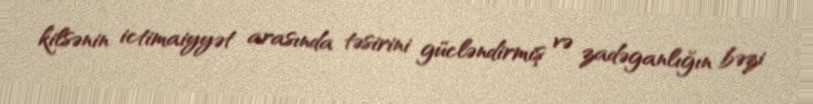
kilsənin ictimaiyyət arasında təsirini gücləndirmiş və zadəganlığın bəzi